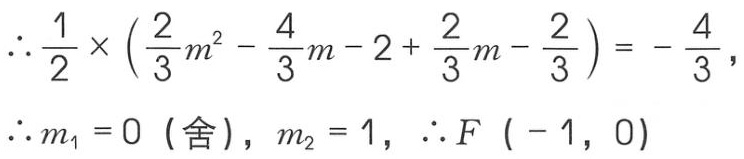
\(\therefore \frac{1}{2} \times\left(\frac{2}{3} m^{2}-\frac{4}{3} m - 2+\frac{2}{3} m-\frac{2}{3}\right)=-\frac{4}{3},\)
\(\therefore m_{1}=0 \text { (舍) }, m_{2}=1, \therefore F(-1,0)\)